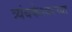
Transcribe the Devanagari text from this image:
त्र्यंबकेश्‍वरच्या